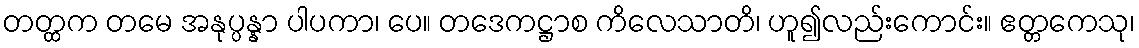
တတ္ထက တမေ အနုပ္ပန္နာ ပါပကာ၊ ပေ။ တဒေကဋ္ဌာစ ကိလေသာတိ၊ ဟူ၍လည်းကောင်း။ ဧတ္တကေသု၊